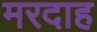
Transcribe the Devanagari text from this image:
मरदाह